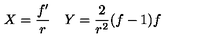
\begin{array} { c c } { X = \displaystyle { \frac { f ^ { \prime } } { r } } } & { Y = \displaystyle { \frac { 2 } { r ^ { 2 } } } ( f - 1 ) f } \\ \end{array}